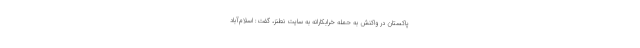
پاکستان در واکنش به حمله خرابکارانه به سایت نطنز، گفت: اسلام‌آباد